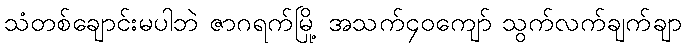
သံတစ်ချောင်းမပါဘဲ ဇာဂရက်မြို့ အသက်၄၀ကျော် သွက်လက်ချက်ချာ